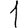
Digit: 1